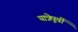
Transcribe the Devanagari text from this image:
यात्रेपूर्वी